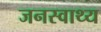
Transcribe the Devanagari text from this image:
जनस्वाथ्य